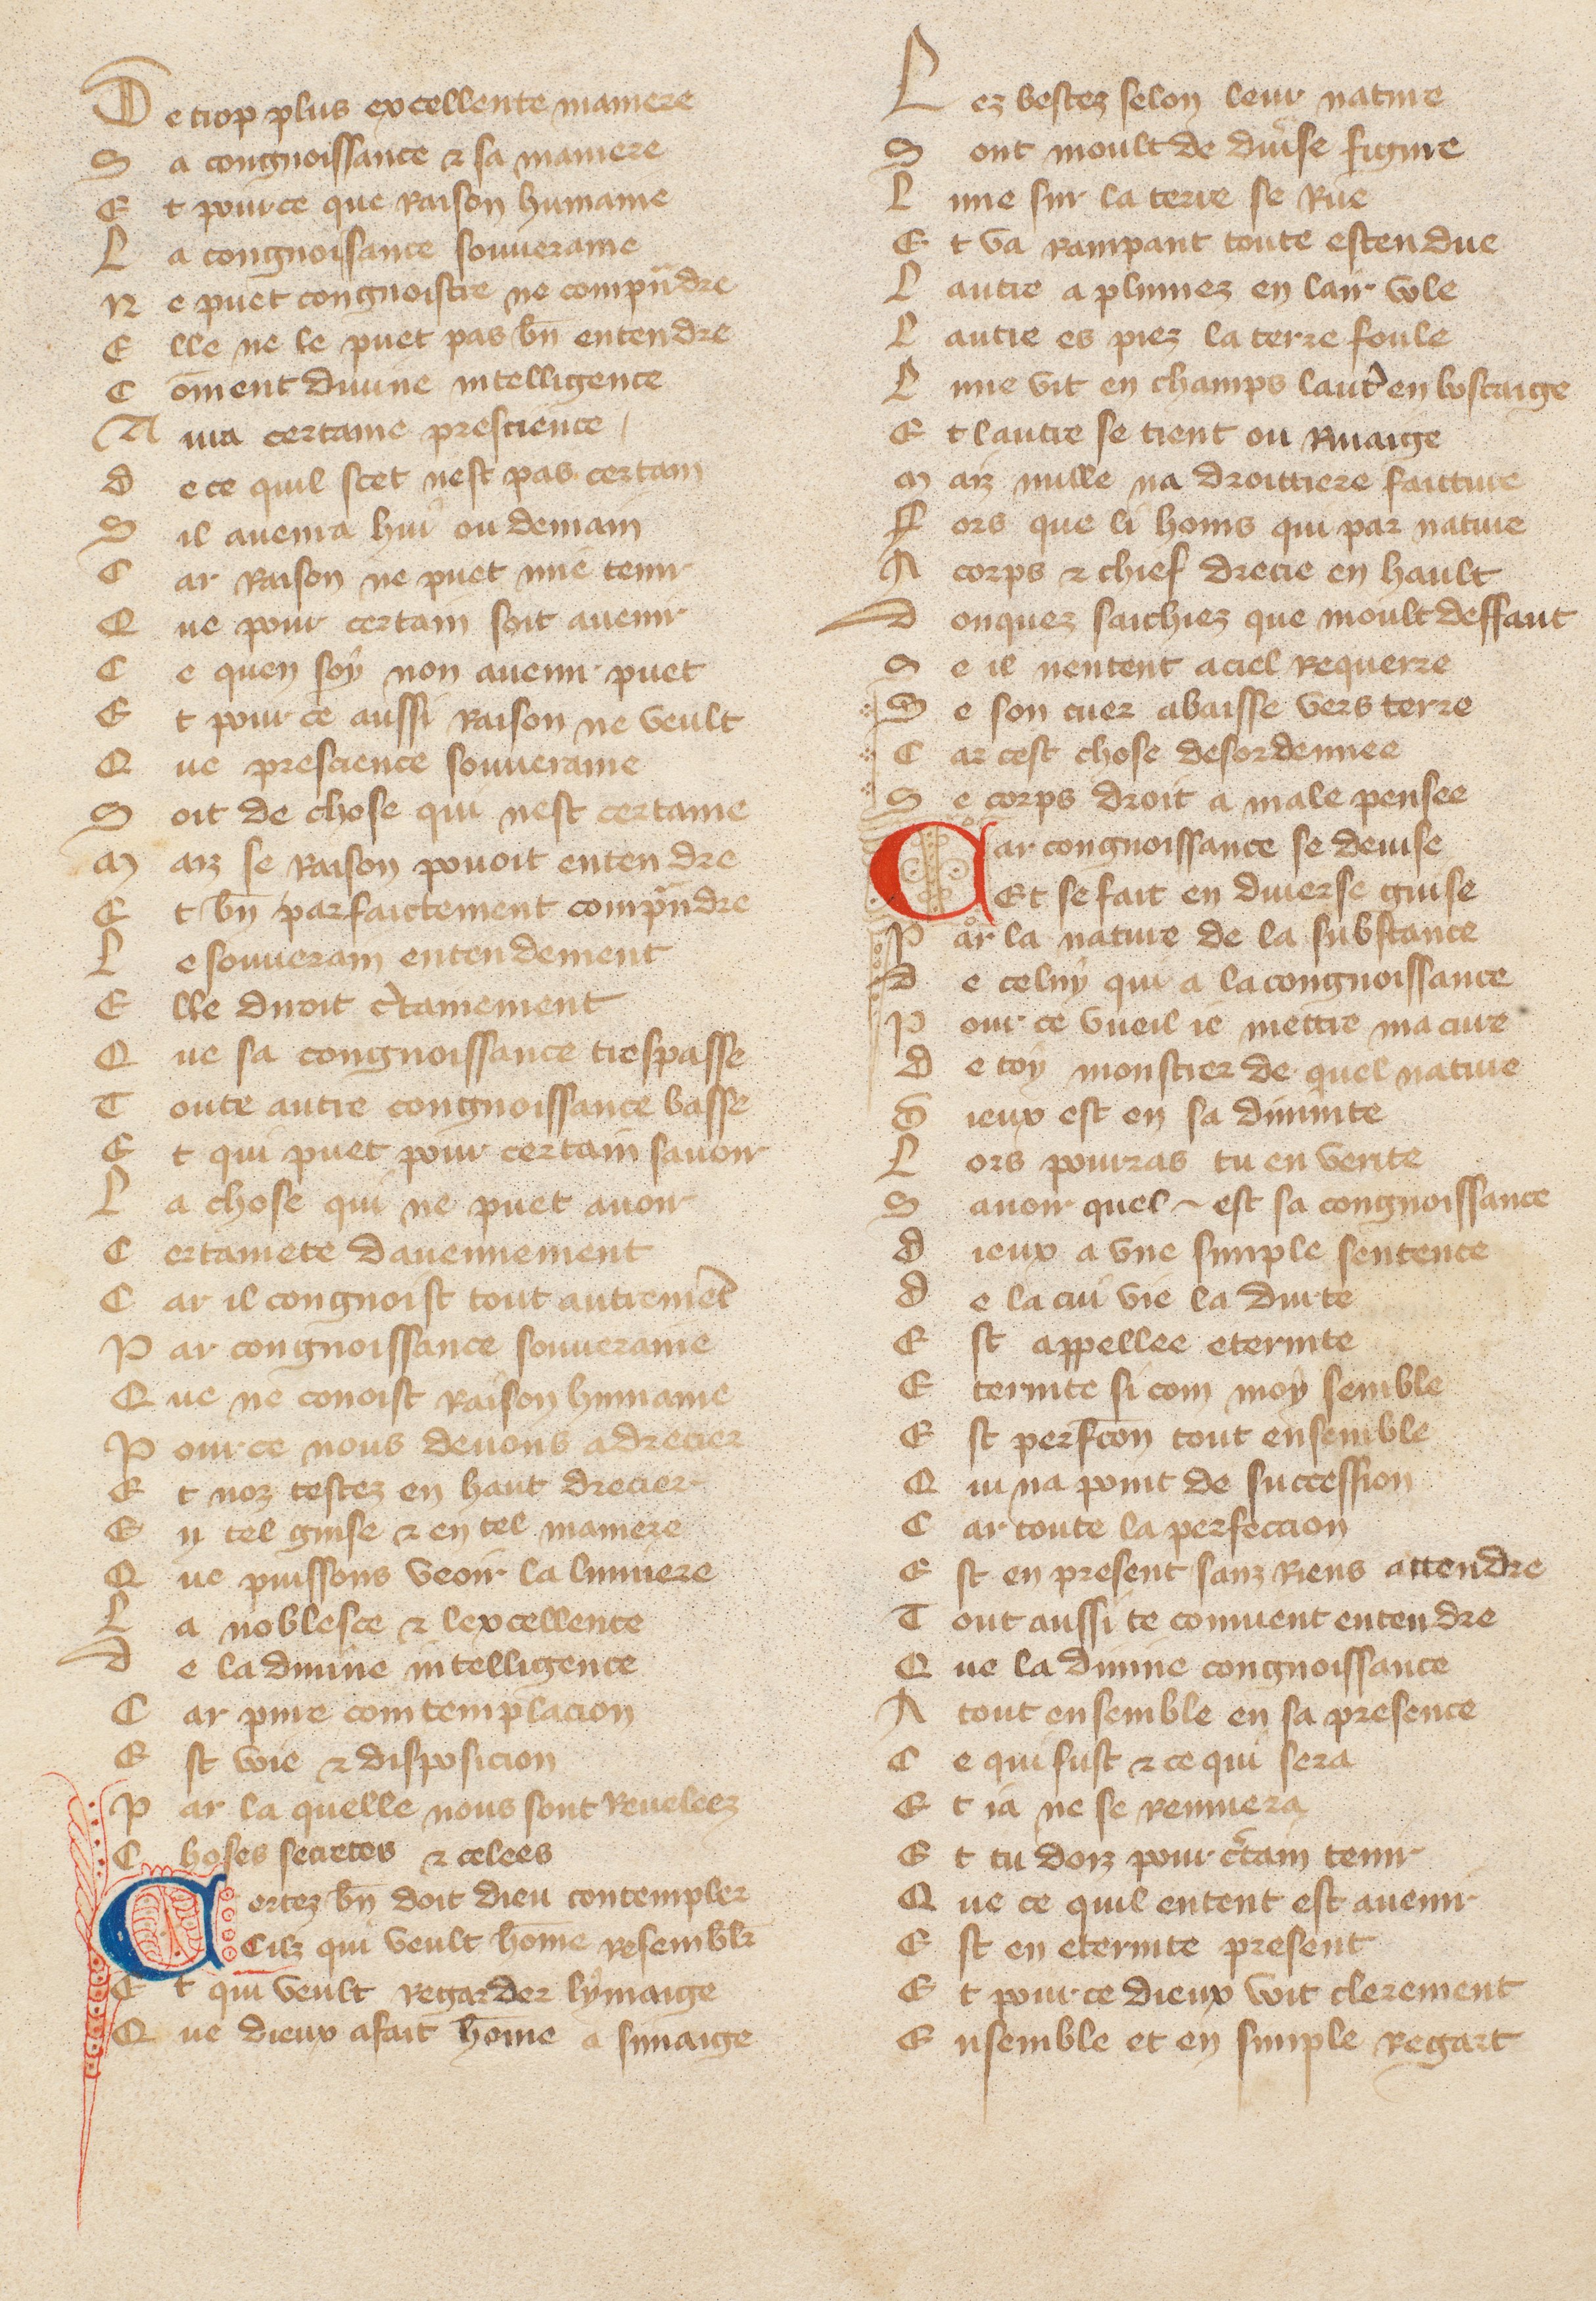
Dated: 1370–1415